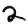
Digit: 2